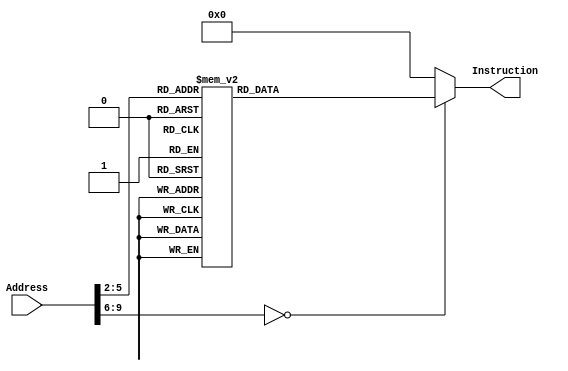
module InstructionMemory(Address, Instruction);
	input [31:0] Address;
	output reg [31:0] Instruction;
	
	always @(*)
		case (Address[9:2])
			// addi $a0, $zero, 12123 #(0x2f5b)
			8'd0:    Instruction <= {6'h08, 5'd0 , 5'd4 , 16'h2f5b};
			// addiu $a1, $zero, -12345 #(0xcfc7)
			8'd1:    Instruction <= {6'h09, 5'd0 , 5'd5 , 16'hcfc7};
			// sll $a2, $a1, 16
			8'd2:    Instruction <= {6'h00, 5'd0 , 5'd5 , 5'd6 , 5'd16 , 6'h00};
			// sra $a3, $a2, 16
			8'd3:    Instruction <= {6'h00, 5'd0 , 5'd6 , 5'd7 , 5'd16 , 6'h03};
			// beq $a3, $a1, L1
			8'd4:    Instruction <= {6'h04, 5'd7 , 5'd5 , 16'h0001};
			// lui $a0, 22222 #(0x56ce)
			8'd5:    Instruction <= {6'h0f, 5'd0 , 5'd4 , 16'h56ce};
			// L1:
			// add $t0, $a2, $a0
			8'd6:    Instruction <= {6'h00, 5'd6 , 5'd4 , 5'd8 , 5'd0 , 6'h20};
			// sra $t1, $t0, 8
			8'd7:    Instruction <= {6'h00, 5'd0 , 5'd8 , 5'd9 , 5'd8 , 6'h03};
			// addi $t2, $zero, -12123 #(0xd0a5)
			8'd8:    Instruction <= {6'h08, 5'd0 , 5'd10, 16'hd0a5};
			// slt $v0, $a0, $t2
			8'd9:    Instruction <= {6'h00, 5'd4 , 5'd10 , 5'd2 , 5'd0 , 6'h2a};
			// sltu $v1, $a0, $t2
			8'd10:   Instruction <= {6'h00, 5'd4 , 5'd10 , 5'd3 , 5'd0 , 6'h2b};
			// Loop:
			// j Loop
			8'd11:   Instruction <= {6'h02, 26'd11};
			
			default: Instruction <= 32'h00000000;
		endcase
		
endmodule